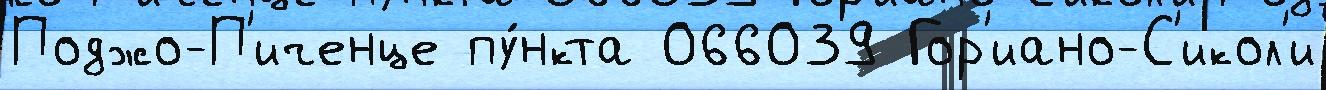
Поджо-П'иченце пу́нкта 066039 Гор'иано-С'икол'и